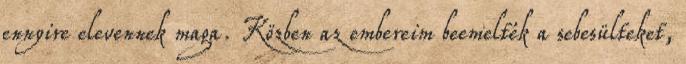
ennyire elevennek maga. Közben az embereim beemelték a sebesülteket,